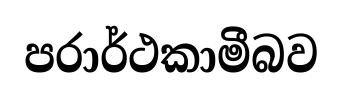
පරාර්ථකාමීබව